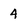
Character: 4